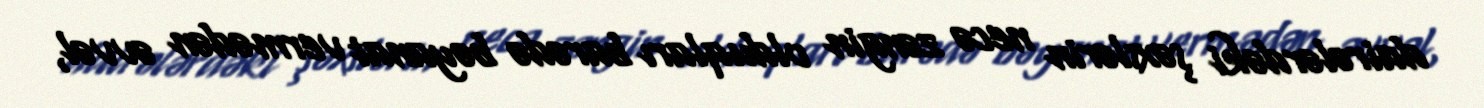
dairələrdəki şəxslərin necə zəngin olduqları barədə bəyanat vermədən əvvəl,